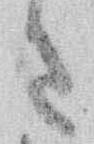
さ